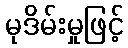
မုဒိမ်းမှုဖြင့်